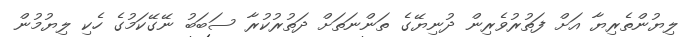
ލިޔުންތެރިޔާ އަށް ފަތުރުވެރިން ދުނިޔޭގެ ތަންނަތަށް ދަތުރުކުރާ ސަބަބު ނޭގޭކަމުގެ ހެކި ލިޔުމުން